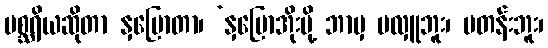
မစ္ဆရိယဆိုတာ နှမြောတာ၊ ‘နှမြောအိုးမို့ ဘာမှ မလှူဘူး၊ မတန်းဘူး၊